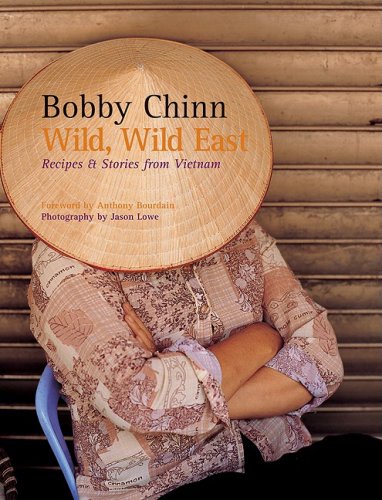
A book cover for Wild, Wild East: Recipes and Stories from Vietnam; Bobby Chinn; Cookbooks, Food & Wine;